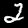
Digit: 2